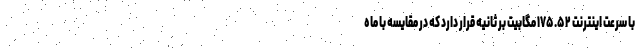
با سرعت اینترنت ۱۷۵.۵۲ مگابیت بر ثانیه قرار دارد که در مقایسه با ماه